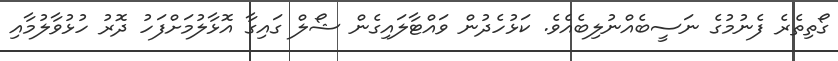
ގޯތިތެރެ ފެނުމުގެ ނަސީބެއްނުލިބެއެވެ. ކަޅުހެދުން ވައްޓާލައިގެން ޝޯލް ގައިގާ އޮޅާލުމަށްފަހު ދޮރު ހުޅުވާލުމާއި